Scottish Leaving Certificate Examination, 1960
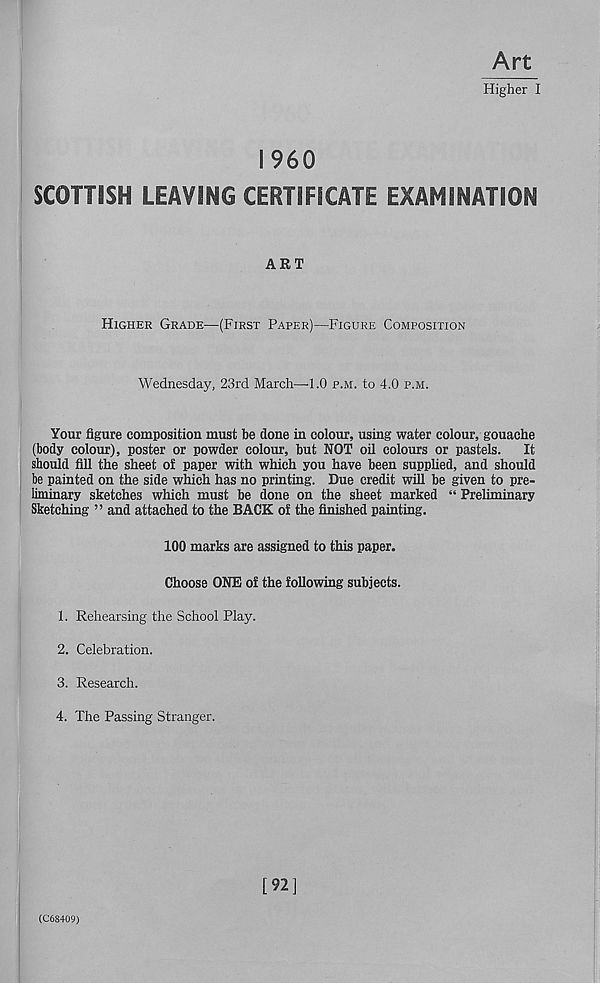
Art
Higher I
I960
SCOTTISH LEAVING CERTIFICATE EXAMINATION
ART
Higher Grade—(First Paper)—Figure Composition
Wednesday, 23rd March—1.0 p.m. to 4.0 p.m.
Your figure composition must be done in colour, using water colour, gouache
(body colour), poster or powder colour, but NOT oil colours or pastels.
It
should fill the sheet of paper with which you have been supphed, and should
be painted on the side which has no printing. Due credit will be given to pre-
liminary sketches which must be done on the sheet marked “ Preliminary
Sketching ” and attached to the BACK of the finished painting.
100 marks are assigned to this paper.
Choose ONE of the following subjects.
1. Rehearsing the School Play.
2. Celebration.
3. Research.
4. The Passing Stranger.
[92]
(C68409)